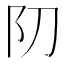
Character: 𨸓